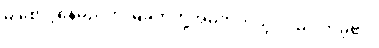
မှ စောင့်နေမည်ဟု မြခက်တို့အိမ်ဘက်သို့ လှည့်လာခဲ့၏။